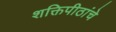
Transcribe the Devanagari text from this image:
शक्तिपीठांचे